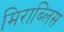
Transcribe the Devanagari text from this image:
मिराब्लिस